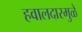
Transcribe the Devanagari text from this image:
हवालदारमुळे